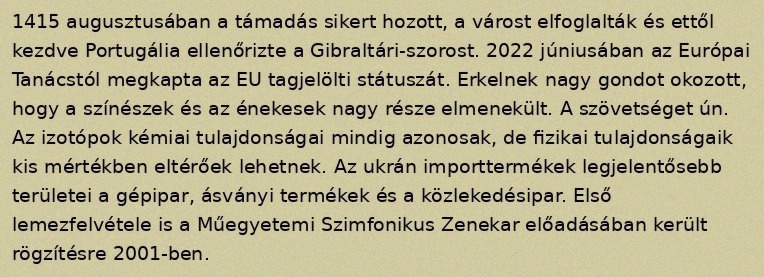
1415 augusztusában a támadás sikert hozott, a várost elfoglalták és ettől kezdve Portugália ellenőrizte a Gibraltári-szorost. 2022 júniusában az Európai Tanácstól megkapta az EU tagjelölti státuszát. Erkelnek nagy gondot okozott, hogy a színészek és az énekesek nagy része elmenekült. A szövetséget ún. Az izotópok kémiai tulajdonságai mindig azonosak, de fizikai tulajdonságaik kis mértékben eltérőek lehetnek. Az ukrán importtermékek legjelentősebb területei a gépipar, ásványi termékek és a közlekedésipar. Első lemezfelvétele is a Műegyetemi Szimfonikus Zenekar előadásában került rögzítésre 2001-ben.